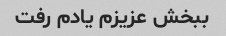
ببخش عزیزم یادم رفت